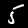
Label: 5